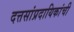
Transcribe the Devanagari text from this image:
दत्तसांप्रदायिकांची